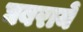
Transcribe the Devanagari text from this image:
घबरायें